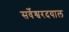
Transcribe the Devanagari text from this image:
सर्वेश्वरदयाल